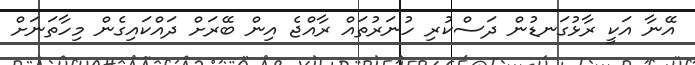
އޭނާ އަކީ ރާޅުގަނޑުން ދަސްކުރި ހުނަރުތައް ރާއްޖެ އިން ބޭރަށް ދައްކައިގެން މިހާތަނަށް